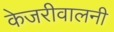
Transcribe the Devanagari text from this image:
केजरीवालनी